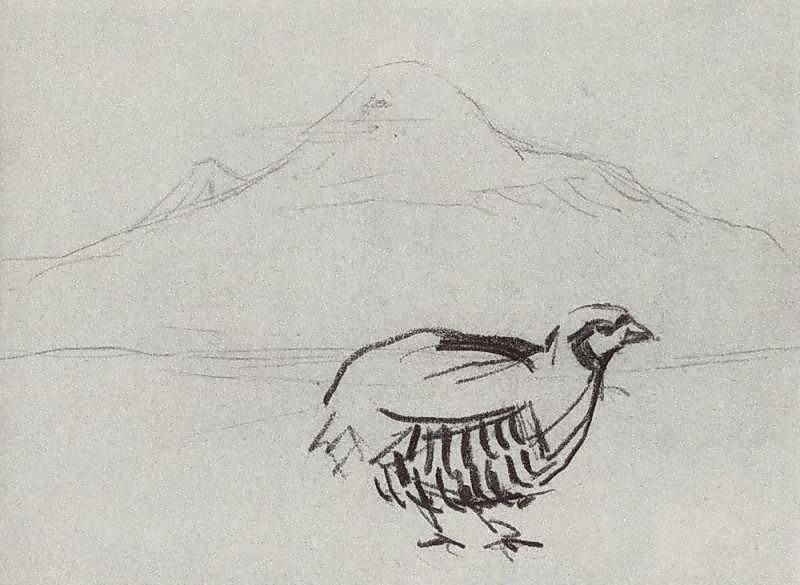
愁绝行人天易暮，行向鹧鸪声里住。